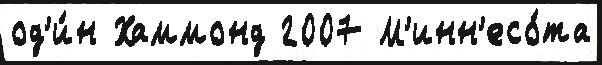
од'и́н Хаммонд 2007 М'инн'есо́та